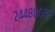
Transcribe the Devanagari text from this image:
२४४८०६८६